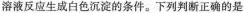
溶液反应生成白色沉淀的条件。下列判断正确的是